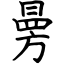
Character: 㬅